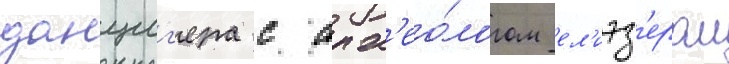
данциг'ера с арх'ео́логом ел'иэз'ером